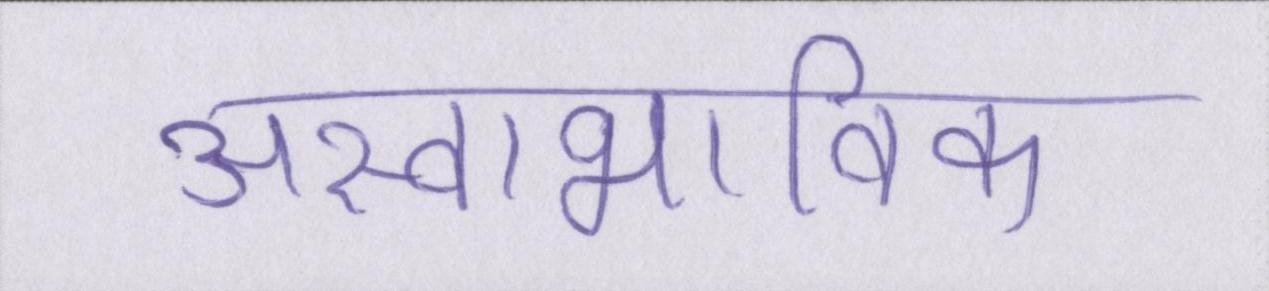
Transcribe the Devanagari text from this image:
अस्वाभाविक